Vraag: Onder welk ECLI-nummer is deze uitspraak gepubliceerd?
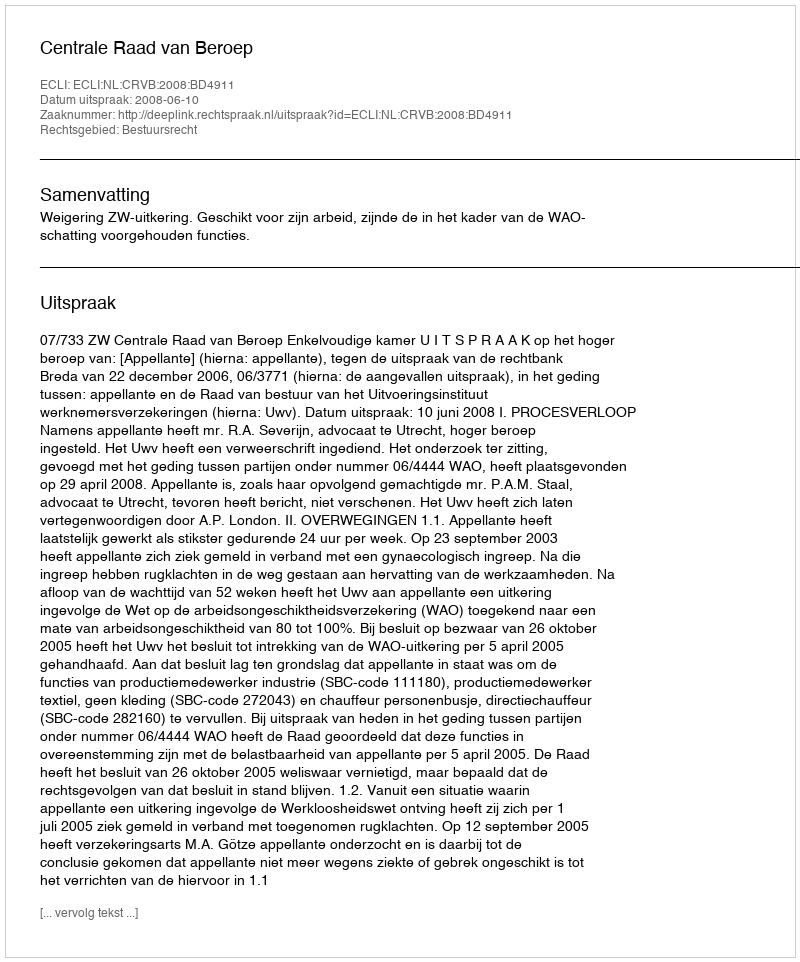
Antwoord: ECLI:NL:CRVB:2008:BD4911